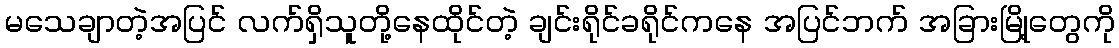
မသေချာတဲ့အပြင် လက်ရှိသူတို့နေထိုင်တဲ့ ချင်းရိုင်ခရိုင်ကနေ အပြင်ဘက် အခြားမြို့တွေကို